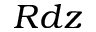
R d z